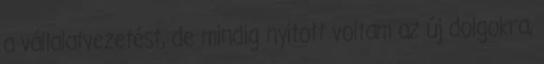
a vállalatvezetést, de mindig nyitott voltam az új dolgokra,